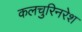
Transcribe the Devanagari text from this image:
कलचुरिनरेश